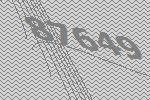
87649